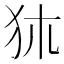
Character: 𤝂